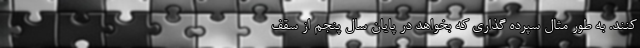
کنند. به طور مثال سپرده گذاری که بخواهد در پایان سال پنجم از سقف